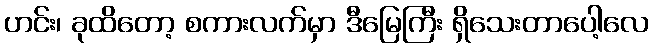
ဟင်း၊ ခုထိတော့ စကားလက်မှာ ဒီမြေကြီး ရှိသေးတာပေါ့လေ